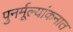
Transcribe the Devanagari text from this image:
पुनर्मूल्यांकनात